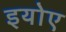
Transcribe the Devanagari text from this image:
इयोए